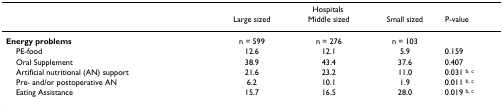
|  | <COLSPAN=3> Hospitals |  |
 |  | Large sized | Middle sized | Small sized | P-value |
 | --- | --- | --- | --- | --- |
 | Energy problems | n = 599 | n = 276 | n = 103 |  |
 | PE-food | 12.6 | 12.1 | 5.9 | 0.159 |
 | Oral Supplement | 38.9 | 43.4 | 37.6 | 0.407 |
 | Artificial nutritional (AN) support | 21.6 | 23.2 | 11.0 | 0.031 b, c |
 | Pre- and/or postoperative AN | 6.2 | 10.1 | 1.9 | 0.011 b, c |
 | Eating Assistance | 15.7 | 16.5 | 28.0 | 0.019 b, c |